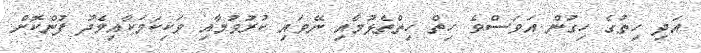
އަދި ހިތުގެ ހިގުން އަވަސްވެ ހިތް ހިތްތެޅުމާއި ނޭވައި ކުރުވުމާއި ވަކިކަމަކާއިމެދު ފުންކޮށް